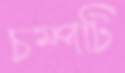
চম্পটি